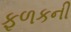
ફળકની